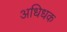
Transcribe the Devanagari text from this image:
अधिधक